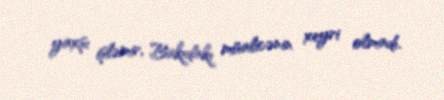
yaxşı işləmir, Bakıdakı müalicənin xeyri olmadı.